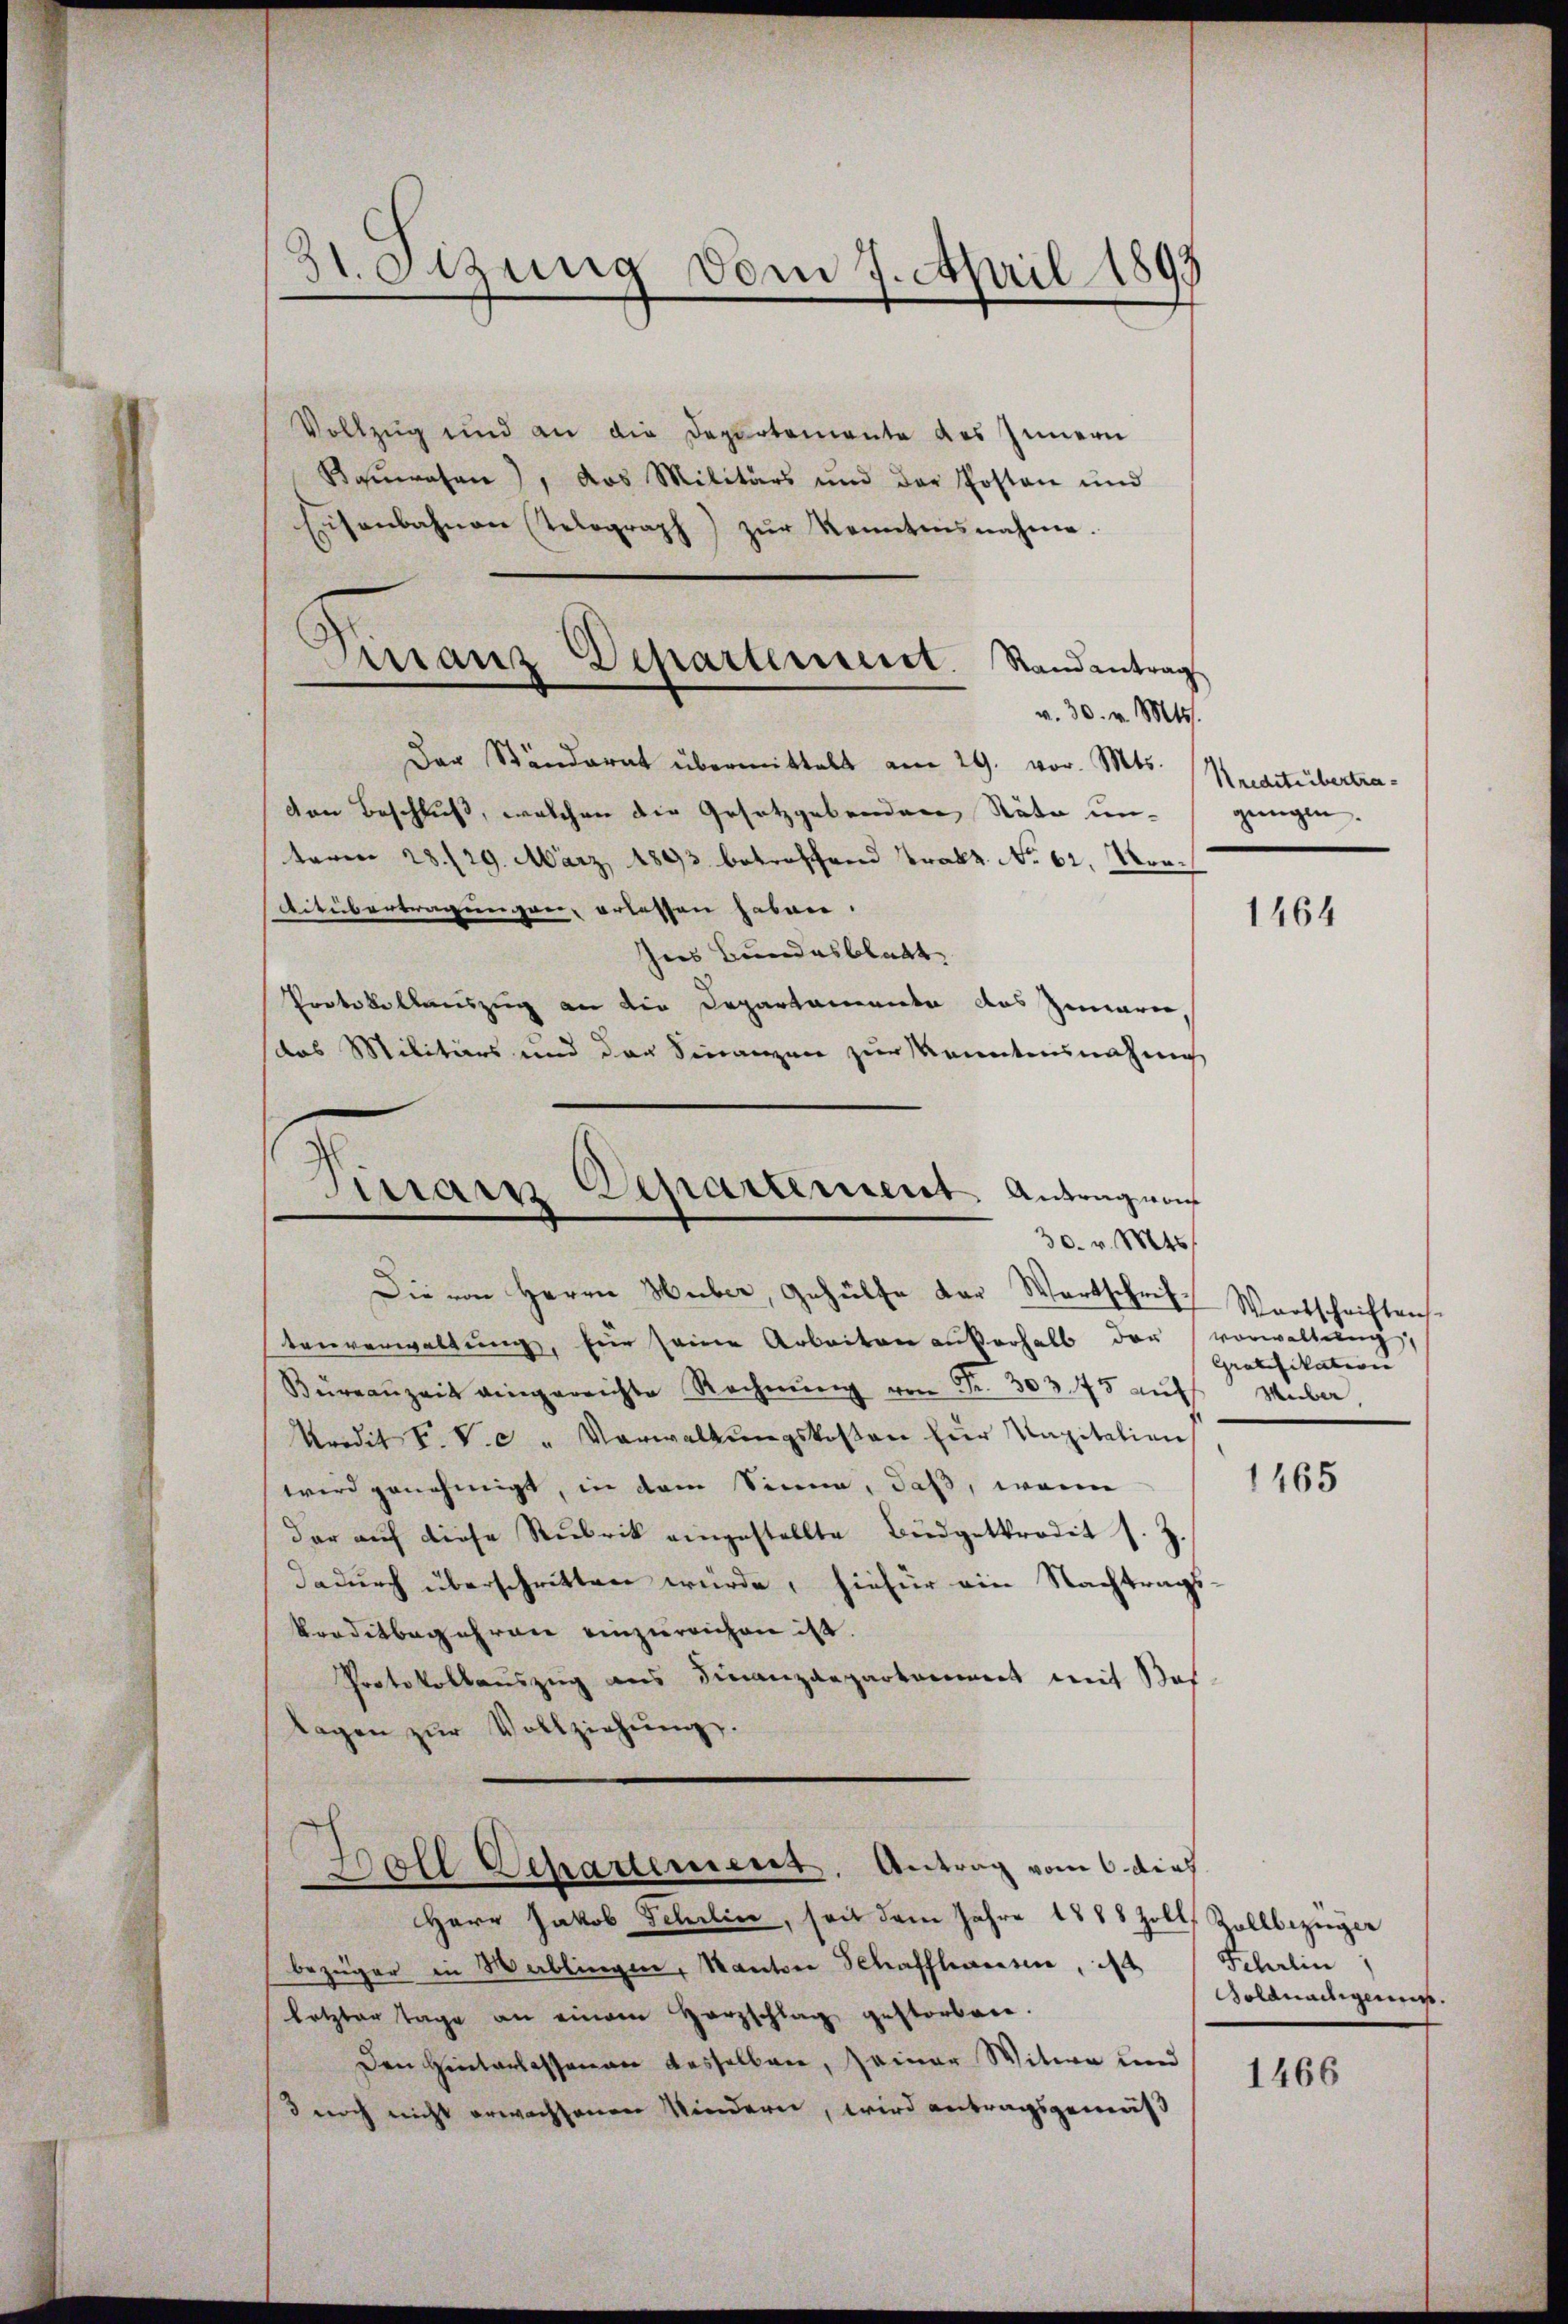
31. Sitzung vom 7. April 1893

Vollzug und an die Departemente des Innern
Barasen), das Militärs und der Posten und
Eisenbahnen Telograph) zur Kenntnisnahme.
Der Ständerat übermittelt am 29. vor. Mts.
von Beschluß, welchen die Gesetzgebenden Räte ungungen.
teren 28./29. März 1893 betroffend Trakt No 62, Mon.
Aitübertragungen, erlassen haben.
hies Bundesblatt
Protokollauszug an die Departamente das marie
das Militärs und der Finanzen zur Kenntnisnehmig
Finrain Departement. Antragung

Firranz Departemeist. Randantrag
v. 30. v. Mts.

30. v. Mts.

Die von Herrn Huber, Gehülfe der Wortschrift Wortschriftens
tenverwaltŭng, für seine Arbeiten außerhalb der vorwaltŭng
Büreaŭzeit eingereichte Rechnŭng von Fr. 303. 75 aŭf Huber,
redit V. V. c. " Verwaltŭngskosten zur Kapitalien
wird genehmigt, in dem Sinne, daß, wenn
dar auf diese Rubrik eingestellte Budgetkredit s. Z.
dadurch überschritten würde, hiefür ein Nachtrags-
kreditbegehren einzureichen ist.
Protokollauszug aus Finanzdepartement mit Bos
lagen zŭr Vollziehŭng.
Boll Separtement. Antrag vom 6. dies
Herr Jakob Schelice, seit dem Jahre 1888 Zoll, Zollbezüger
bezüger in Wallingen, Kanton Schaffhausen, da
letzter Tage an einem Herzschlag gestorben.
Den Hinterlassenen dasselben, seiner Witwe und
d noch nicht erwachsenen Kindern, wird antragsgemäß

Kreditübertra¬

1464

Gratifikation |

1465

Scherlin
Soldnadigens.

1466